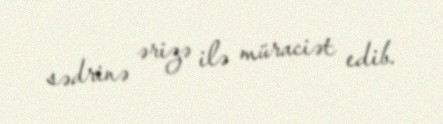
sədrinə ərizə ilə müraciət edib.